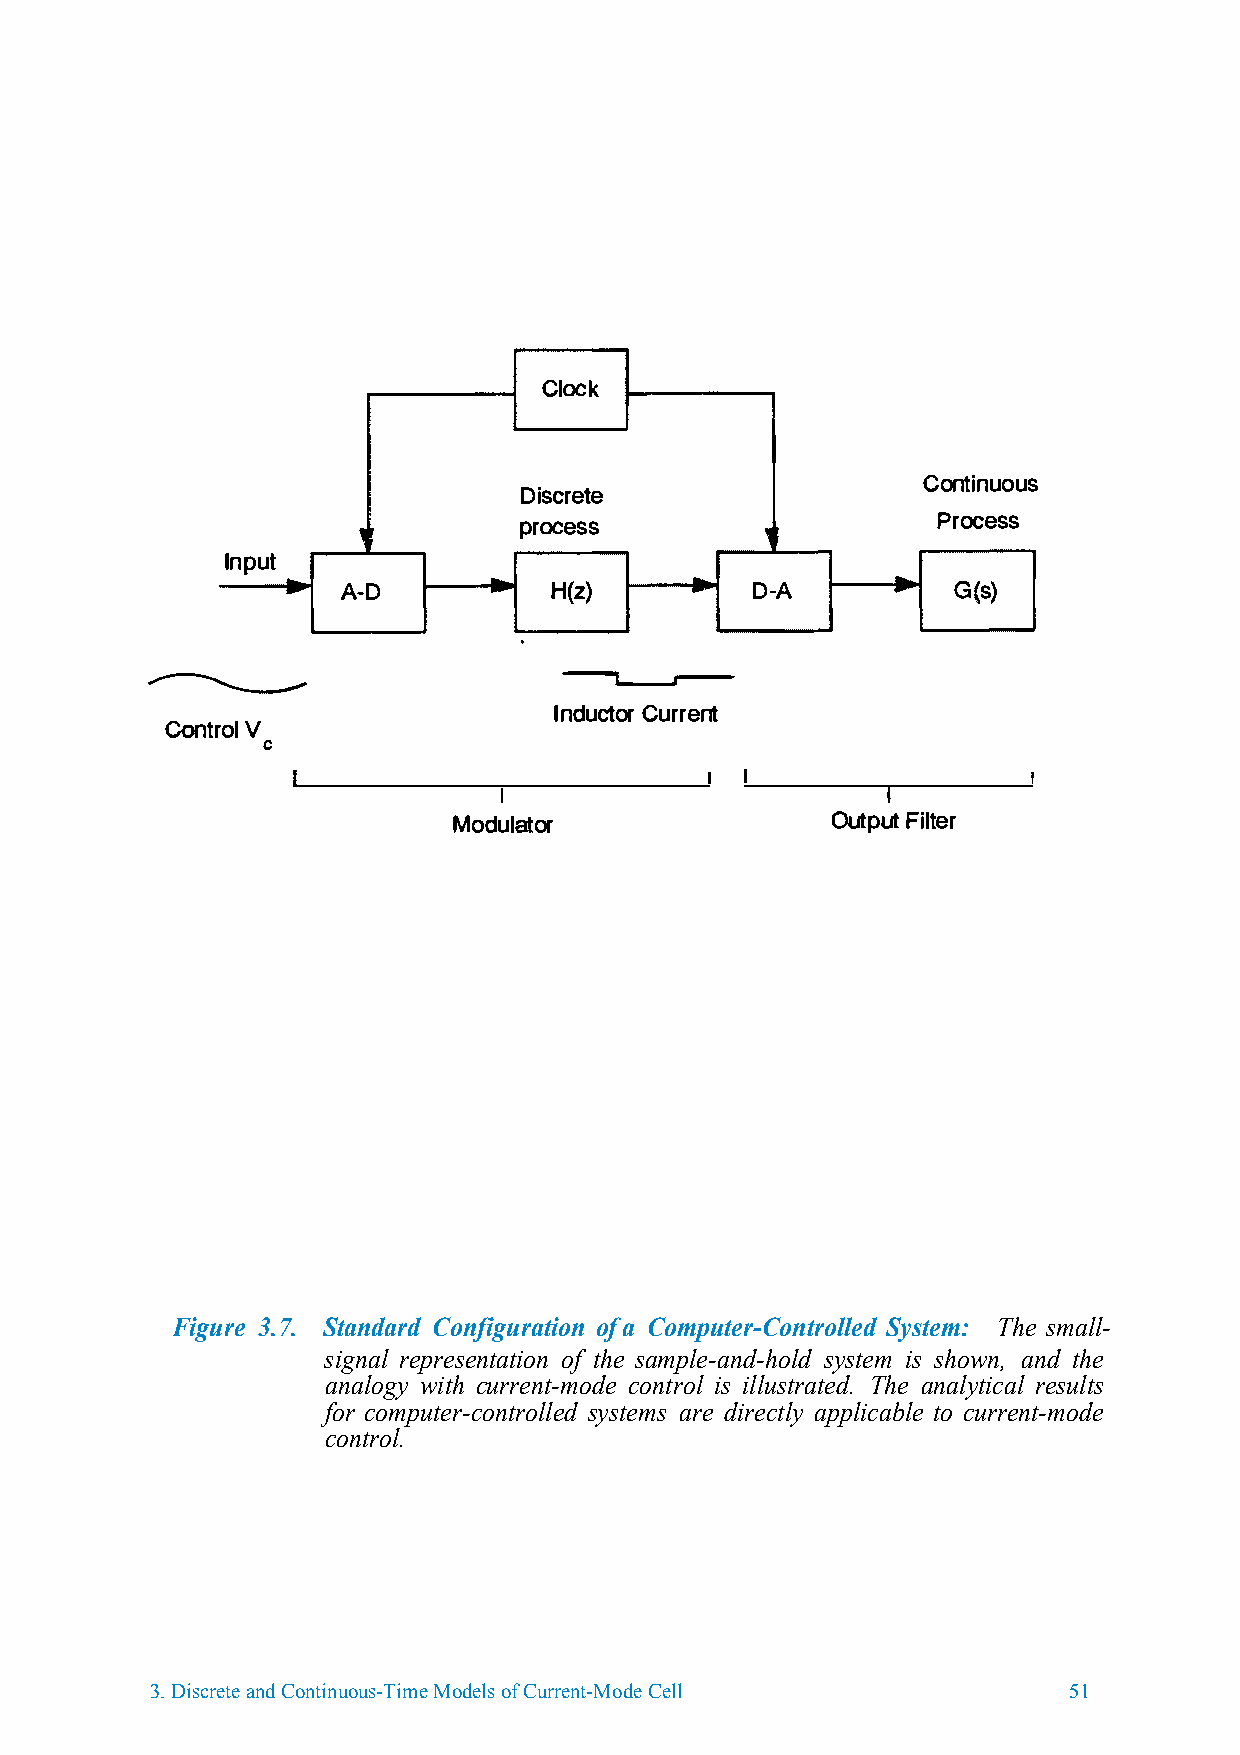
Clock
 Continuous
 Discrete
 ,   '     process          '  '       Proscse
 Input                          -
 -            -
 A-D      -   H(z)          D-A          G(s)
 -i__..---­
 I  ndCuucrrteonrt
 ControlV
 c
 Modulator                OutputF ilter
 Figure 3.7. Standard Configuration of a Computer-Controlled System: The small-
 signal representation of the sample-and-hold system is shown, and the
 analogy with current-mode control is illustrated. The analytical results
 for computer-controlled systems are directly applicable to current-mode
 control.
 3.Discrete and Continuous-Time Models of Current-Mode Cell   51